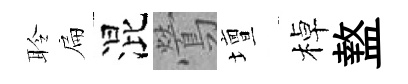
聆扁混鶯壇棹盩